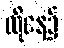
ထိုနေ့၌